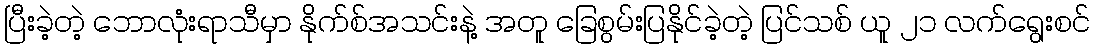
ပြီးခဲ့တဲ့ ဘောလုံးရာသီမှာ နိုက်စ်အသင်းနဲ့ အတူ ခြေစွမ်းပြနိုင်ခဲ့တဲ့ ပြင်သစ် ယူ ၂၁ လက်ရွေးစင်